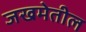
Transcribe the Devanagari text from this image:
जखमेतील